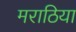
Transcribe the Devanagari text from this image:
मराठिया